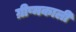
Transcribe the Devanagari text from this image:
ग्रीष्मकाली